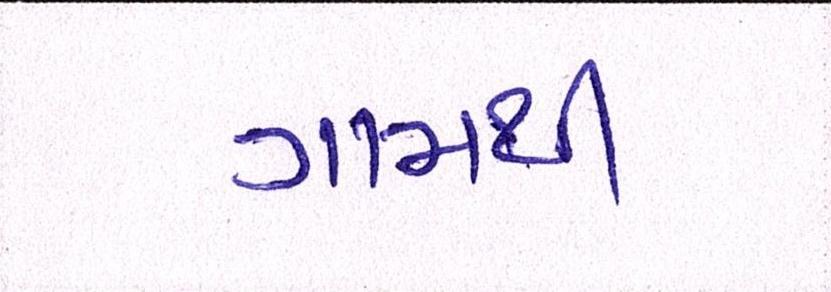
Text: ગામથી